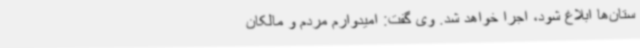
ستان‌ها ابلاغ شود، اجرا خواهد شد. وی گفت: امیدوارم مردم و مالکان